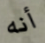
أنه